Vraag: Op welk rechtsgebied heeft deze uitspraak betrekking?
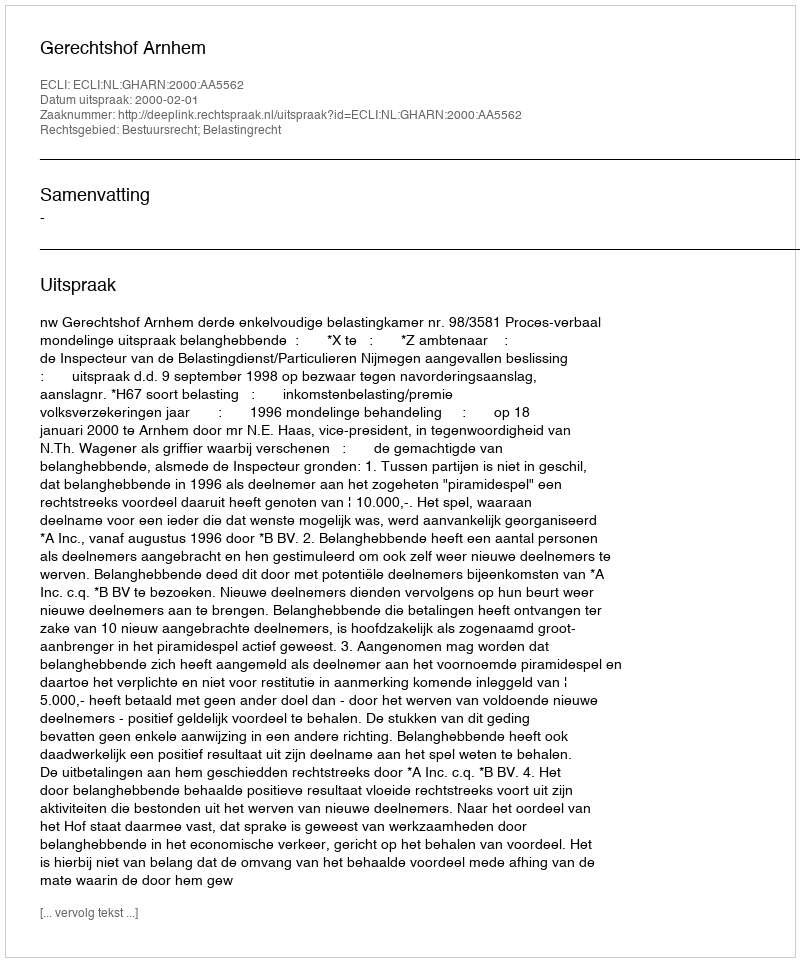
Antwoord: Bestuursrecht; Belastingrecht